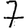
Digit: 7